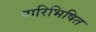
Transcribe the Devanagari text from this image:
पारिभिषित